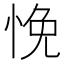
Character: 悗